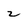
Character: z